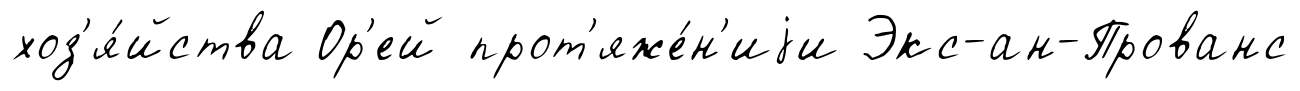
хоз'я́йства Ор'ей прот'яже́н'иjи Экс-ан-Прованс